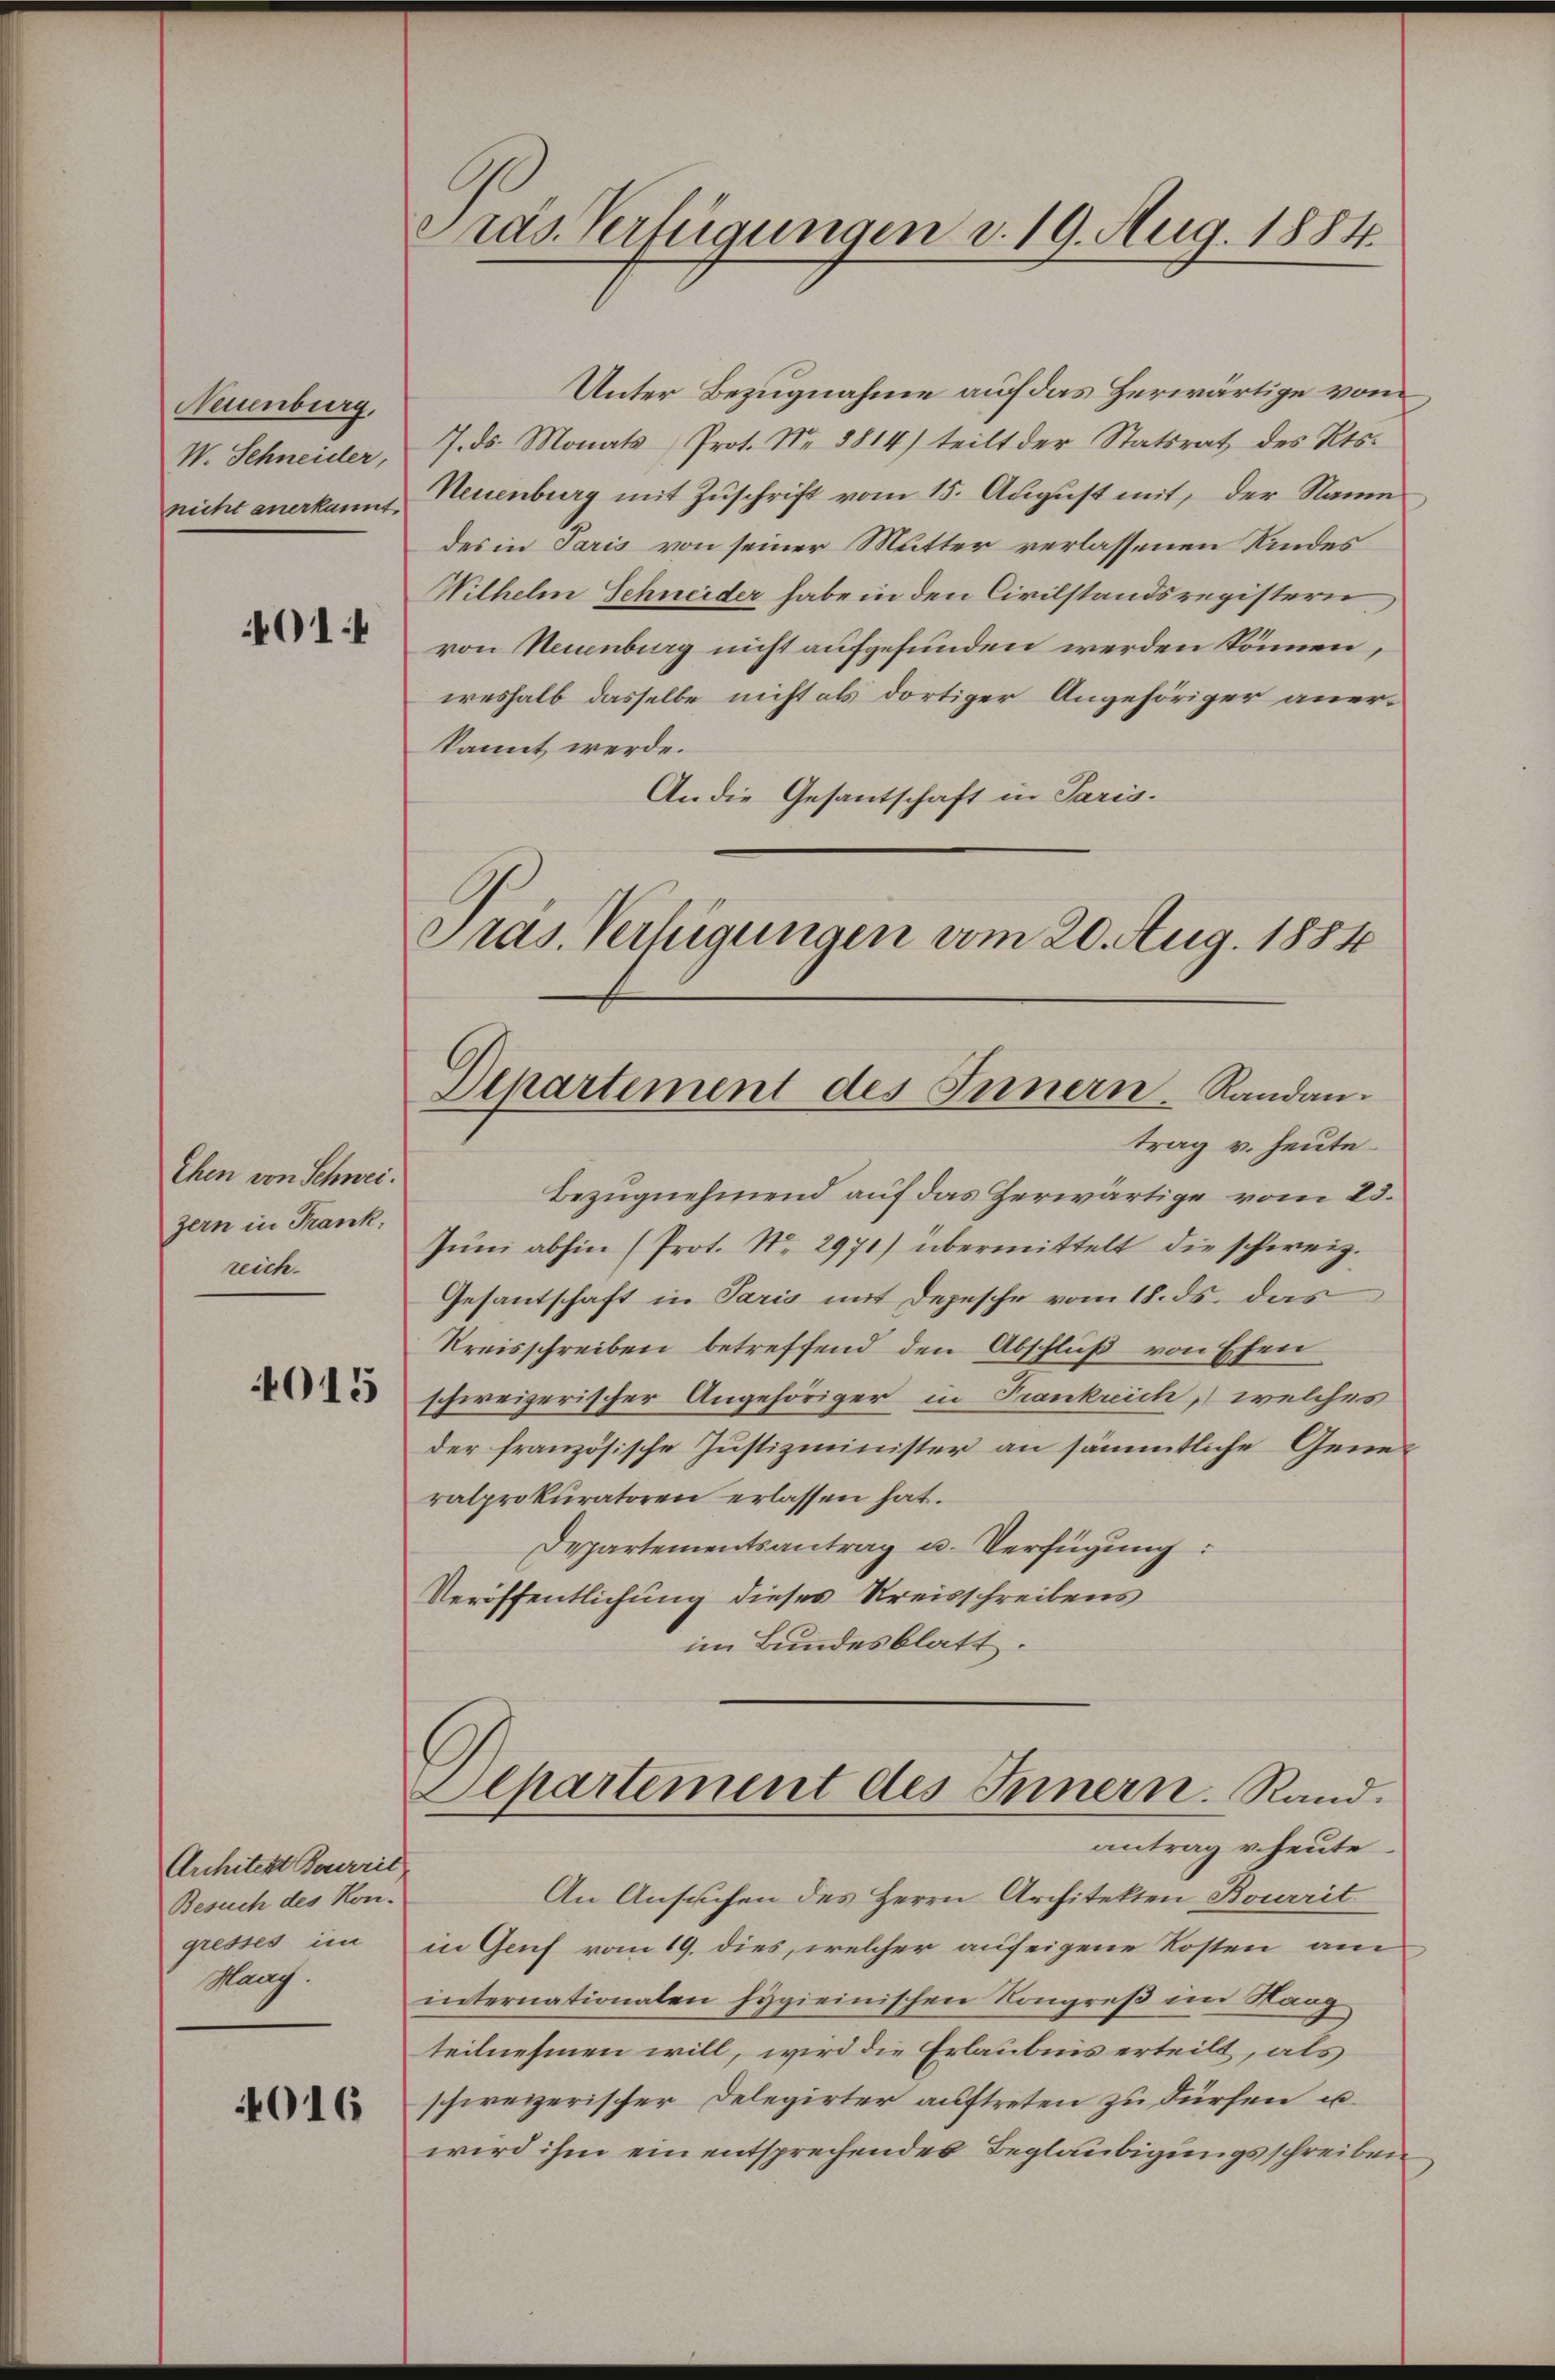
Neuenburg,
W. Schneider,
nicht anerkannt.

01:

Ehen von Schweizern in Frank,
reich.

4015

Architekt Bererrit
Besuch des Kon-
gresses im
Many.

4016

Pras Verfügungen d. 19. Aug. 1884.

Unter Bezugnahme auf das Herwärtige vom
7. ds. Monats Prot. Nr. 8814) teilt der Statsrat des Kts.
Neuenburg mit Zuschrift vom 15. August mit, der Name
des in Paris von seiner Mutter verlassenen Kindes
Wilhelm Schneider habe in den Civilstandsregistern
von Neuenburg nicht aufgefunden werden können,
weshalb dasselbe nicht als dortiger Angehöriger anerkannt werde.
An die Gesantschaft in Paris.
Pras. Verfügungen vom 20. Aug. 1884

Departement des Innern. Randantrag v. heute

Alpartement des Innern. Rand.
antrag v. heute.

Bezugnehmend auf das Herwärtige vom 23.
Jŭni abhin (Prot. No. 2971) übermittelt die schweiz.
Gesantschaft in Paris mit Depesche vom 18. ds. das
Kreisschreiben betreffend den Abschluß von Ehen
schweizerischer Angehöriger in Frankreich, welches
der französische Justizminister an sämmtliche Generalprokuratoren erlassen hat.
Departementsantrag u. Verfügung:
Veröffentlichung dieses Kreisschreibens
im Bundesblatt.

An Ansuchen des Herrn Architekten Bourrit
in Genf vom 19. dies, welcher aufeigene Kosten am
internationalen hygieinischen Kongreß im Stang
teilnehmen will, wird die Erlaubnis erteilt, als
schweizerischer Delegirter auftreten zu dürfen u.
wird ihm ein entsprechendes Beglaubigungsschreiben